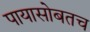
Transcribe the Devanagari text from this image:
पायासोबतच